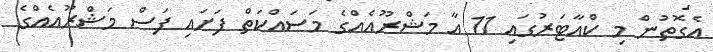
އެގޮތުން މި ކްއާޓަރުގައި 11 އާ މަޝްރޫއެއްގެ މަސައްކަތް ފަށައި ފަސް މަޝްރޫއެއްގެ